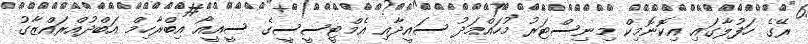
ރޭގެ ހަފުލާގައި އިކޮނޮމިކް މިނިސްޓަރު މުހައްމަދު ސައީދާއި އެމްޓީސީސީގެ ސީއީއޯ އިބްރާހިމް އަބްދުއްރައްޒާގު